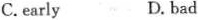
C. early D. bad